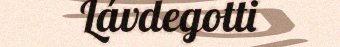
Lávdegotti